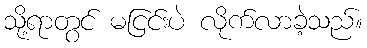
သို့ရာတွင် မငြင်းပဲ လိုက်လာခဲ့သည်။